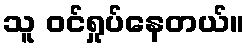
သူ ဝင်ရှုပ်နေတယ်။